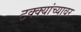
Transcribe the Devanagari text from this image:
टक्‍क्‍यांच्यावर